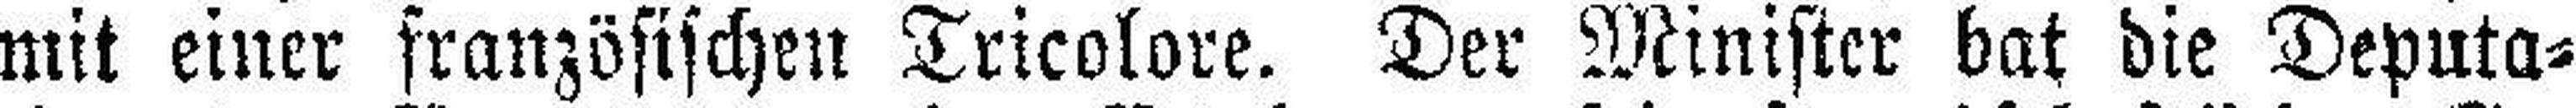
mit einer französischen Tricolore. Der Minister bat die Deputa¬